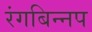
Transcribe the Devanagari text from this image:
रंगबिन्नप